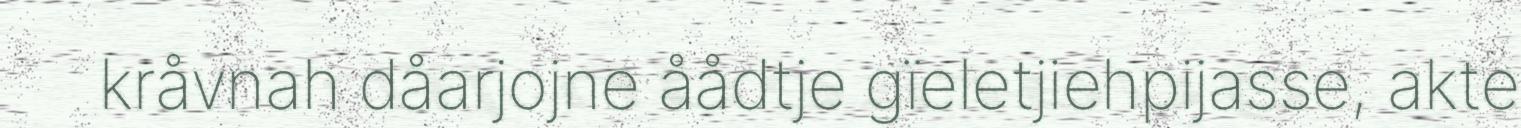
kråvnah dåarjojne åådtje gïeletjiehpijasse, akte